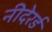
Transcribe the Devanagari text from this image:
नीदेरर्ड